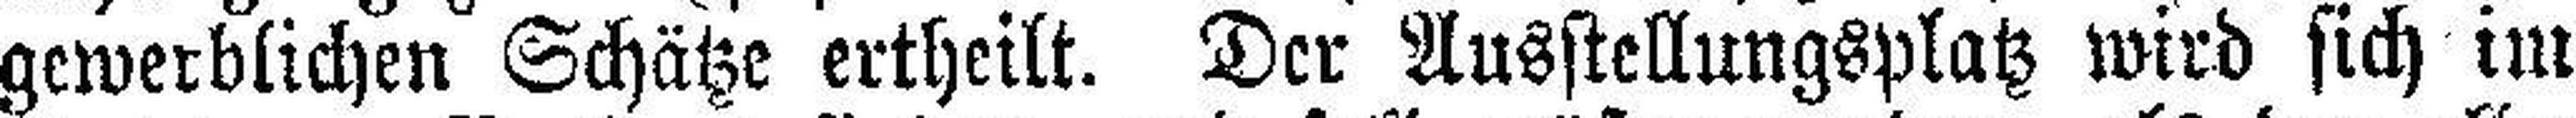
gewerblichen Schätze ertheilt. Der Ausstellungsplatz wird sich im